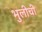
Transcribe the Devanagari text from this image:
भुलीची